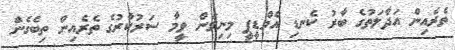
ތެރެއިން އަދާލަތުގެ ބާރު ކެނޑި އެމްޑީޕީ މިނިވަން ވީމާ ސަރުކާރުގެ ތެރެއިން ތިބެގެން